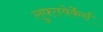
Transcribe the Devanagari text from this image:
लुफ्तवेर्केर्स